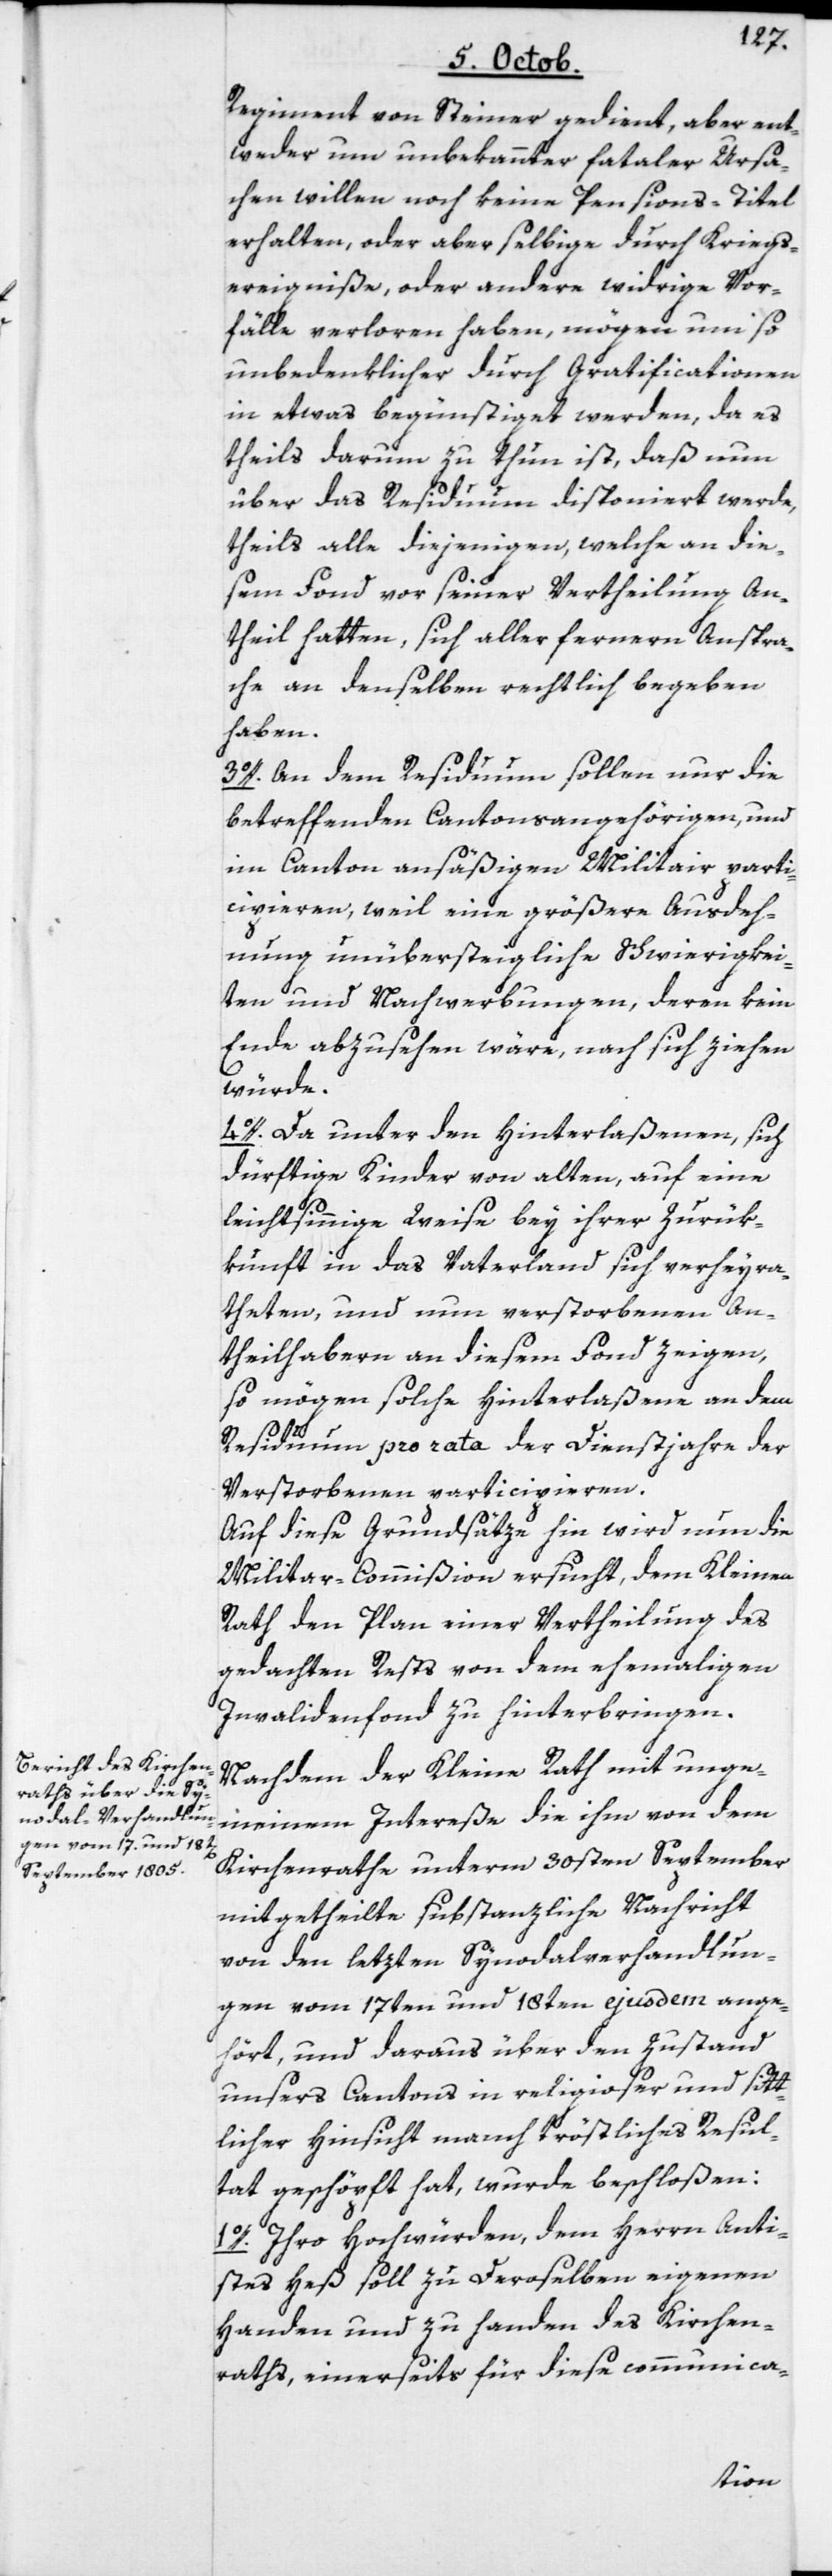
Regiment von Steiner gedient, aber ent¬
weder um unbekannter fataler Ursa¬
chen willen noch keine Pensions-Titel
erhalten oder aber selbige durch Kriegs¬
ereigniße oder andere widrige Vor¬
fälle verloren haben, mögen um so
unbedenklicher durch Gratificationen
in etwas begünstiget werden, da es
theils darum zu thun ist, daß nun
über das Residuum disponiert werde,
theils alle diejenigen, welche an die¬
sem Fonds vor seiner Vertheilung An¬
theil hatten, sich aller fernern Anspra¬
che an denselben rechtlich begeben
haben.
3o. An dem Residuum sollen nur die
betreffenden Cantonsangehörigen und
im Canton ansäßigen Militair parti¬
cipieren, weil eine größere Ausdeh¬
nung unübersteigliche Schwierigkei¬
ten und Nachwerbungen, deren kein
Ende abzusehen wäre, nach sich ziehen
würde.
4o. Da unter den Hinterlaßenen, sich
dürftige Kinder von alten, auf eine
leichtsinnige Weise bey ihrer Zurük¬
kunft in das Vaterland sich verheyra¬
theten, und nun verstorbenen An¬
theilhabern an diesem Fonds zeigen,
so mögen solche Hinterlaßene an dem
Residuum pro rata der Dienstjahre der
Verstorbenen participieren.
Auf diese Grundsätze hin wird nun die
Militar-Commißion ersucht, dem Kleinen
Rath den Plan einer Vertheilung des
gedachten Rests von dem ehemahligen
Invalidenfonds zu hinterbringen.
Nachdem der Kleine Rath mit unge¬
meinem Intereße die ihm von dem
Kirchenrathe unterm 30sten September
mitgetheilte substanzliche Nachricht
von den letzten Synodalverhandlun¬
gen vom 17ten und 18ten ejusdem ange¬
hört, und daraus über den Zustand
unsers Cantons in religioser und sitt¬
licher Hinsicht manch tröstliches Resul¬
tat geschöpft hat, wurde beschloßen:
1o. Ihro Hochwürden, dem Herrn Anti¬
stes Heß soll zu Deroselben eigenen
Handen und zu Handen des Kirchen¬
raths, einerseits für diese communica-